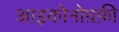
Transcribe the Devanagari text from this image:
आइकोनोग्रफ़ी